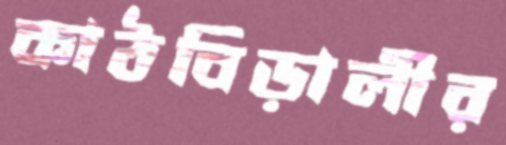
কাঠবিড়ালীর